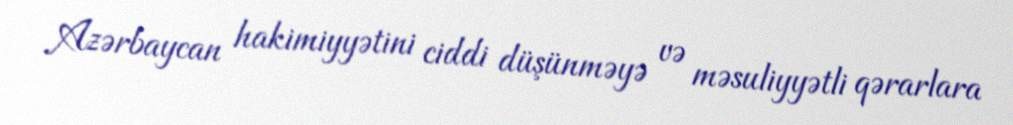
Azərbaycan hakimiyyətini ciddi düşünməyə və məsuliyyətli qərarlara